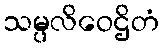
သမ္ပလိဝေဌိတံ